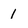
Character: 1